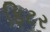
ફિટર